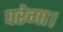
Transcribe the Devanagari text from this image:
परेगा।